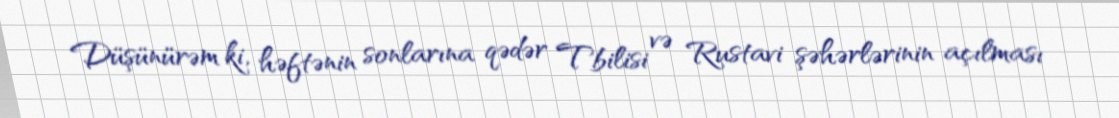
Düşünürəm ki, həftənin sonlarına qədər Tbilisi və Rustavi şəhərlərinin açılması